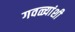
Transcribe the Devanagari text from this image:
गवळ्यांशी